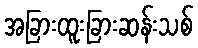
အခြားထူးခြားဆန်းသစ်